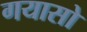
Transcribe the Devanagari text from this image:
गयासो